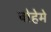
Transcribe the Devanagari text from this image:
बोहेमे